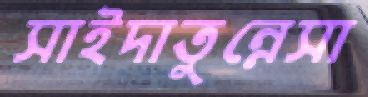
সাইদাতুন্নেসা